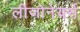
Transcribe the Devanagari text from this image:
लीजोनेयर्स